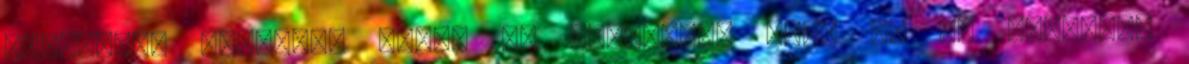
követően? Válaszát előre is köszönöm. Üdv. K. T. Tisztelt